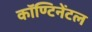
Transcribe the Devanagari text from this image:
कॉण्टिनेंटल